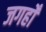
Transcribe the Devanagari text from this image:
जगहोँ